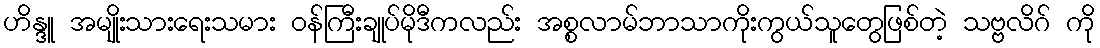
ဟိန္ဒူ အမျိုးသားရေးသမား ဝန်ကြီးချုပ်မိုဒီကလည်း အစ္စလာမ်ဘာသာကိုးကွယ်သူတွေဖြစ်တဲ့ သဗ္ဗလိဂ် ကို